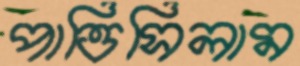
পাত্তিসিলাম